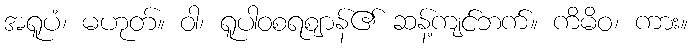
အရူပံ၊ မဟုတ်။ ဝါ၊ ရူပါဝစရဈာန်၏ ဆန့်ကျင်ဘက်။ ကိမိဝ၊ ကား။